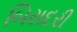
બિરાદરી